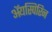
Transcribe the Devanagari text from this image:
ॲयस्पिरिन